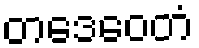
တဒေဝေတံ